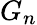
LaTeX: G_{n}